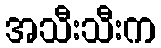
အသီးသီးက